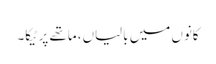
کانوں میں بالیاں، ماتھے پر ٹیکا۔